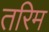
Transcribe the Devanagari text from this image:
तरिम